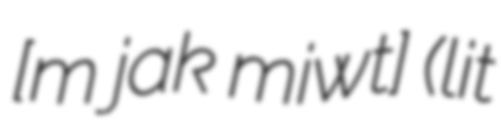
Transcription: [ˈɛm jak ˈmiwɔɕt͡ɕ] (lit